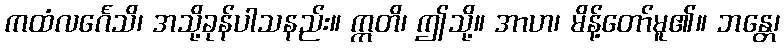
ကထံလင်္ဂေသိ၊ အသို့ခုန်ပါသနည်း။ ဣတိ၊ ဤသို့။ အာဟ၊ မိန့်တော်မူ၏။ ဘန္တေ၊